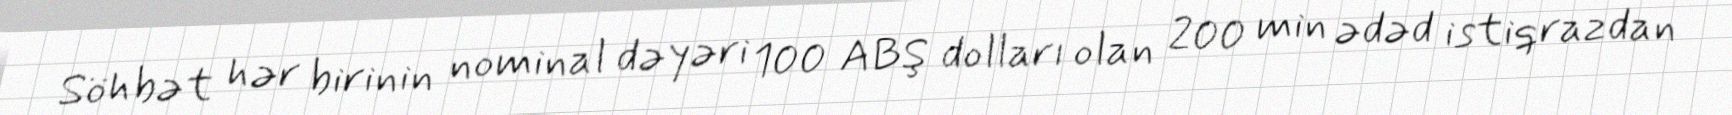
Söhbət hər birinin nominal dəyəri 100 ABŞ dolları olan 200 min ədəd istiqrazdan